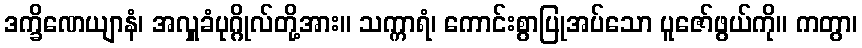
ဒက္ခိဏေယျာနံ၊ အလှူခံပုဂ္ဂိုလ်တို့အား။ သက္ကာရံ၊ ကောင်းစွာပြုအပ်သော ပူဇော်ဖွယ်ကို။ ကတွာ၊